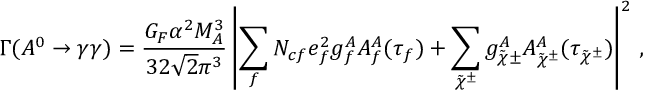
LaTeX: \Gamma ( A ^ { 0 } \rightarrow \gamma \gamma ) = \frac { G _ { F } \alpha ^ { 2 } M _ { A } ^ { 3 } } { 3 2 \sqrt { 2 } \pi ^ { 3 } } \left| \sum _ { f } N _ { c f } e _ { f } ^ { 2 } g _ { f } ^ { A } A _ { f } ^ { A } ( \tau _ { f } ) + \sum _ { \tilde { \chi } ^ { \pm } } g _ { \tilde { \chi } \pm } ^ { A } A _ { \tilde { \chi } ^ { \pm } } ^ { A } ( \tau _ { \tilde { \chi } ^ { \pm } } ) \right| ^ { 2 } \, ,